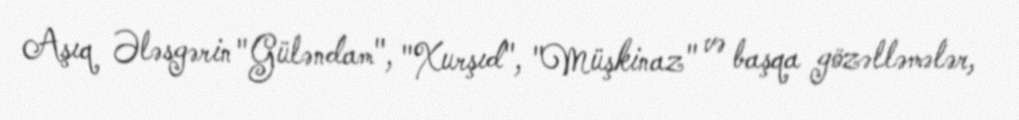
Aşıq Ələsgərin "Güləndam", "Xurşıd", "Müşkinaz" və başqa gözəlləmələr,